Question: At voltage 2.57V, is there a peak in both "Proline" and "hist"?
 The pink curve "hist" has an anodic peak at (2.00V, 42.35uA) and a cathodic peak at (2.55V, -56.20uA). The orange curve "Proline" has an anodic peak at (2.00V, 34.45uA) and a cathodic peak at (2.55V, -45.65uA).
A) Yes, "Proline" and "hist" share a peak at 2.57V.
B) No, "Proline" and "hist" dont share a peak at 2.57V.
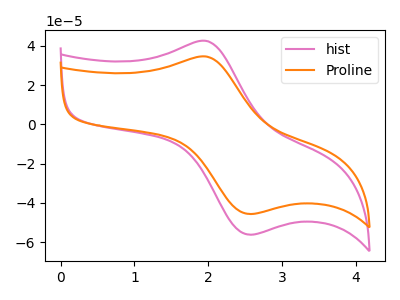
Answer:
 <answer>A) Yes, "Proline" and "hist" share a peak at 2.57V.</answer>
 <eval>A</eval>